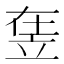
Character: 𥩴